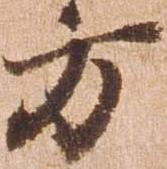
方